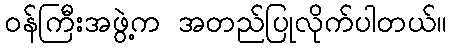
ဝန်ကြီးအဖွဲ့က အတည်ပြုလိုက်ပါတယ်။